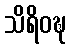
သိရိဝဍ္ဎ